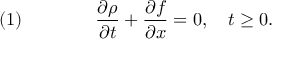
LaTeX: \quad ( 1 ) \qquad \qquad { \frac { \partial \rho } { \partial t } } + { \frac { \partial f } { \partial x } } = 0 , \quad t \geq 0 .